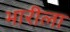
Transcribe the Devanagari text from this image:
भारीला